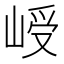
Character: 𪨾